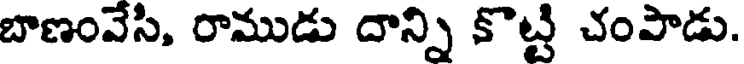
బాణంవేసి, రాముడు దాన్ని కొట్టి చంపాడు.